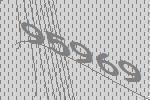
95969